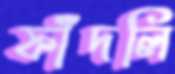
ফাঁদলি